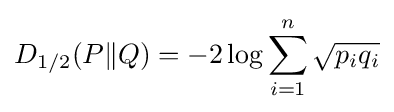
D_{1/2}(P\Vert Q)=-2\log \sum _{i=1}^{n}{\sqrt {p_{i}q_{i}}}